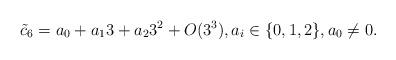
LaTeX: \begin{align*} \tilde{c}_6 = a_0 + a_1 3 + a_2 3^2 + O(3^3), a_i \in \{0,1,2\}, a_0 \ne 0.\end{align*}